Civil Veterinary Dept. Assam report 1927-50 - 1927-1950
Year: 1927
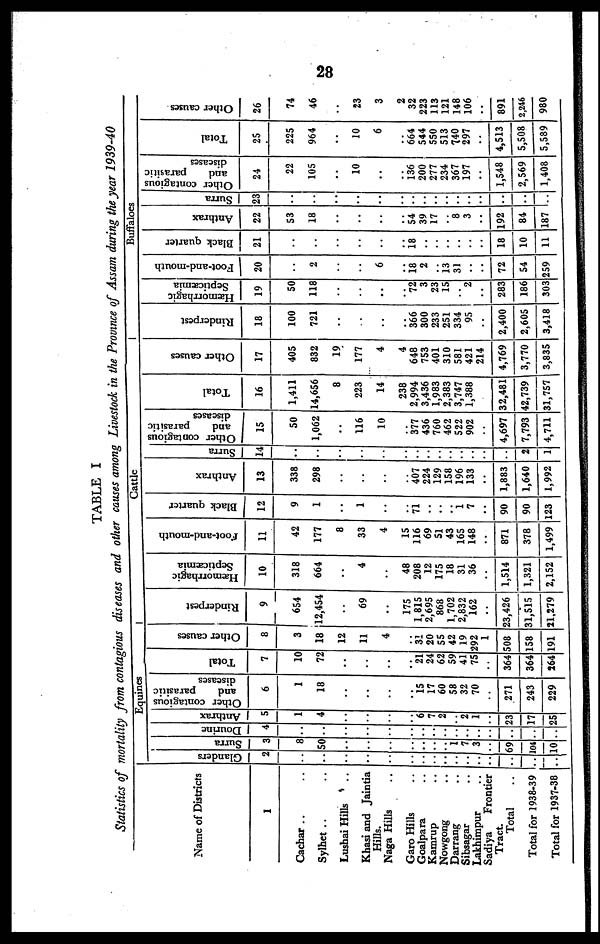
28
TABLE I
Statistics of mortality from contagious diseases and other causes among Livestock in the Province of Assam during the year 1939-40
Name of Districts
1
Cachar .. ..
Sylhet .. ..
Lushai Hills ..
Khasi and Jaintia
Hills.
Naga Hills ..
Garo Hills ..
Goalpara ..
Kamrup ..
Nowgong ..
Darrang ..
Sibsagar ..
Lakhimpur ..
Sadiya Frontier
Tract.
Total ..
Total for 1938-39
Total for 1937-38
Equines
Glanders
2
..
..
..
..
..
..
..
..
..
..
..
..
..
..
..
..
Surra
3
8
50
..
..
..
..
..
..
1
7
3
69
04
10
Dourine
4
..
..
..
..
..
..
..
..
..
..
..
..
.. ..
..
..
Anthrax
5
1
4
..
..
..
..
6
7
2
..
2
1
..
23
17
25
Other contagious
and
parasitic
diseases
6
1
18
..
..
..
..
15
17
60
58
32
70
..
271
243
229
Total
7
10
72
..
..
..
..
21
24
62
59
41
75
..
364
364
264
Other causes
8
3
18
12
11
4
..
31
20
55
42
19
292
1
508
158
191
Cattle
Rinderpest
9
654
12,454
..
69
..
175
1,815
2,695
868
1,702
2,832
162
..
23,426
31,515
21,279
Hæmorrhagic
Septicæmia
10
318
664
..
4
..
48
208
12
175
18
31
36
..
1,514
1,321
2,152
Foot-and-mouth
11
42
177
8
33
4
15
116
69
51
43
165
148
..
871
378
1,499
Black quarter
12
9
1
..
1
..
..
71
..
..
..
1
7
..
90
90
123
Anthrax
13
338
298
..
..
..
..
407
224
129
158
196
133
..
1,883
1,640
1,992
| Surra
14
..
..
..
..
..
..
..
..
..
..
..
..
..
..
2
1
Other contagious
and
parasitic
diseases
15
50
1,062
..
116
10
..
377
436
760
462
522
902
..
4,697
7,793
4,711
Total
16
1,411
14,656
8
223
14
238
2,994
3,436
1,983
2,383
3,747
1,388
32,481
42,739
31,757
Other causes
17
405
832
19
177
4
4
648
753
401
310
581
421
214
4,769
3,770
3,835
Buffaloes
Rinderpest
18
100
721
..
..
..
366
300
233
251
334
95
..
2,400
2,605
3,418
Hæmorrhagic
Septicæmia
19
50
118
..
..
..
72
3
23
15
..
2
..
283
186
303
Foot-and-mouth
20
..
2
..
..
..
..
18
2
..
13
31
..
.. 72
54
259
Black quarter
21
..
..
..
..
..
..
18
..
..
..
..
..
.. 18
10
11
Anthrax
22
53
18
..
..
..
..
54
39
17
..
8
3
..
192
84
187
Surra
23
..
..
..
..
..
..
..
..
..
..
..
..
.. ..
..
..
Other contagious
and
parasitic
diseases
24
22
105
..
10
..
..
136
200
277
234
367
197
..
1,548
2,569
1,408
Total
25
225
964
..
10
..
..
664
544
550
513
740
297
..
4,513
5,508
5,589
Other causes
26
74
46
..
23
..
2
32
223
113
121
148
106
..
891
2,246
980